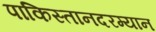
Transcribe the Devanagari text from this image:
पाकिस्तानदरम्यान